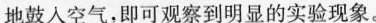
地鼓入空气，即可观察到明显的实验现象。